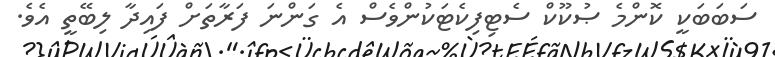
ސަބަބަކީ ކޮންމެ ޞުކޫކް ސެޓިފިކެޓަކުންވެސް އެ ގަންނަ ފަރާތަށް ފައިދާ ލިބޭތީ އެވެ.